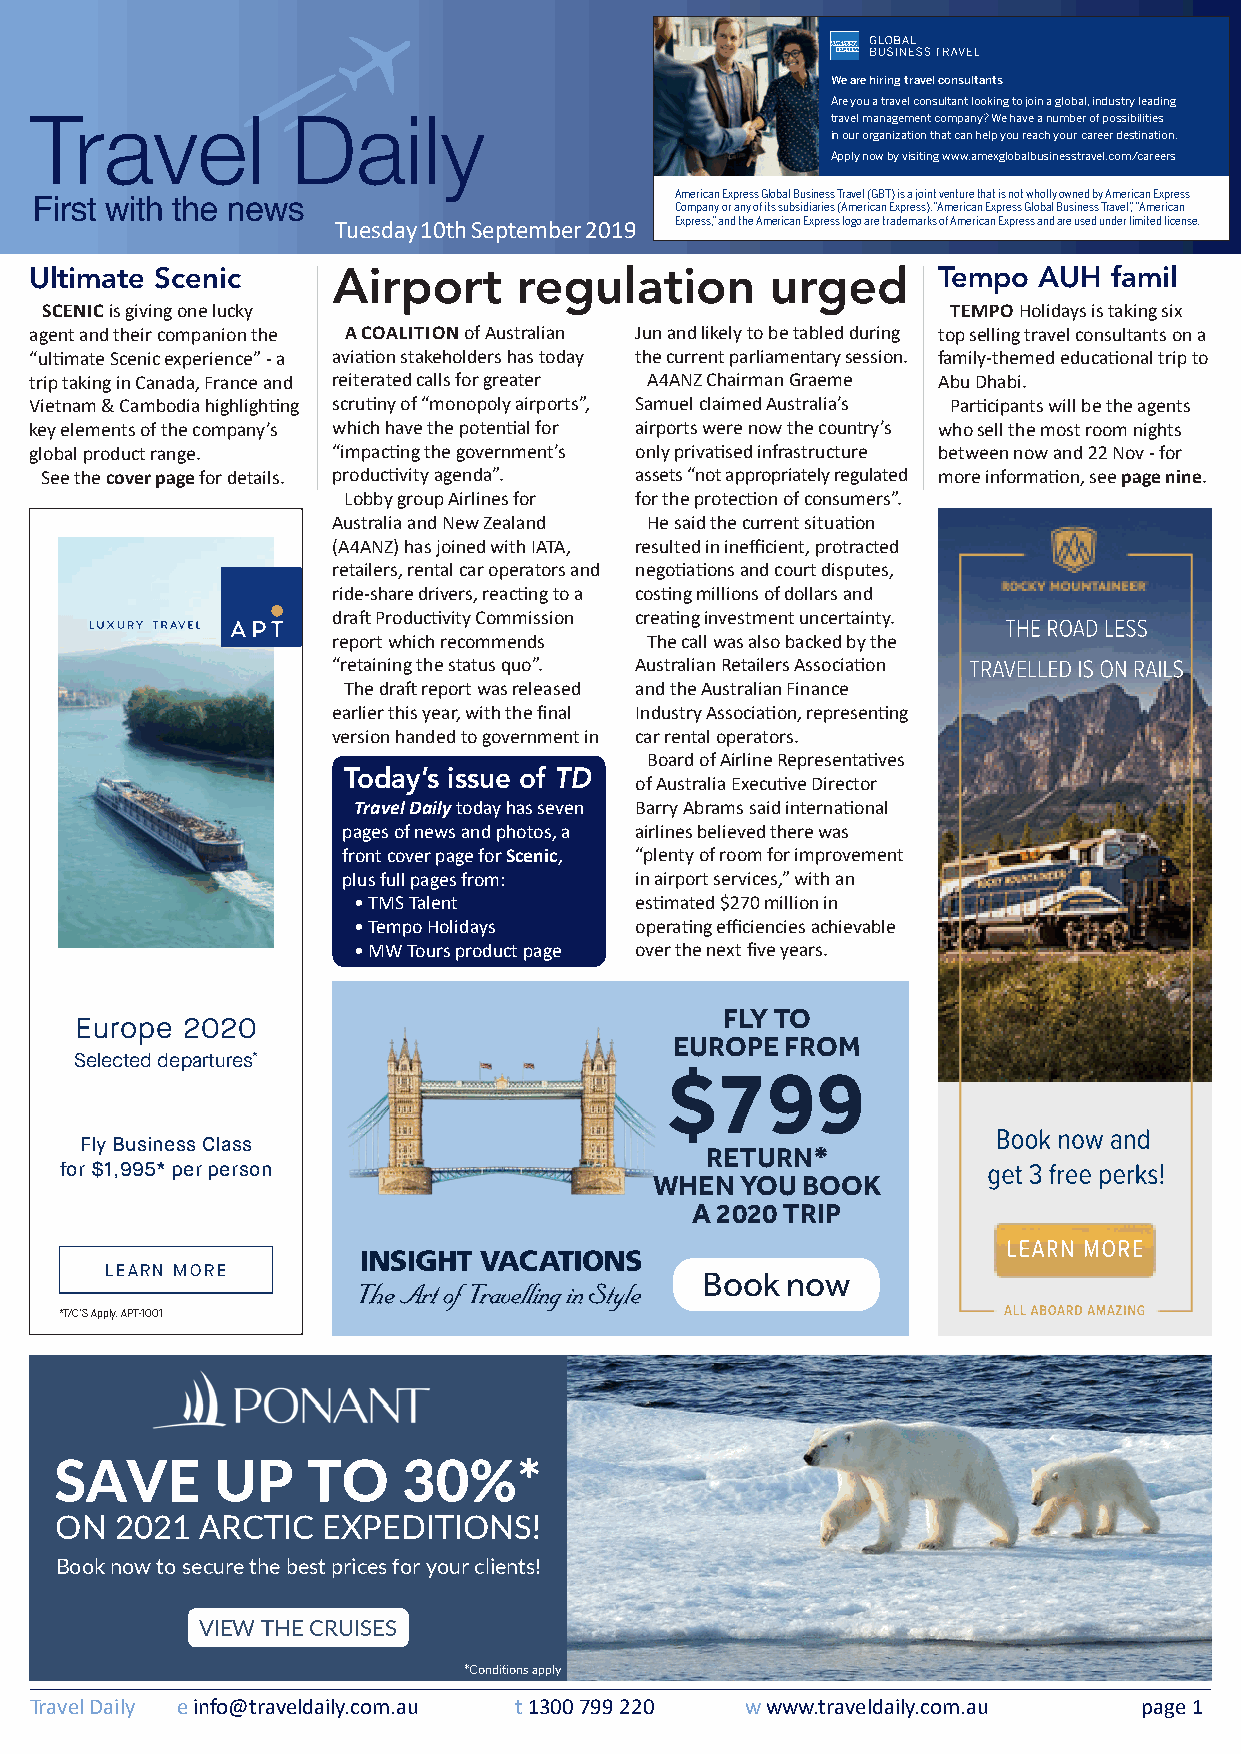
We are hiring travel consultants
 Are you a travel consultant looking to join a global, industry leading
 travel management company? We have a number of possibilities
 in our organization that can help you reach your career destination.
 Apply now by visiting www.amexglobalbusinesstravel.com/careers
 American Express Global Business Travel (GBT) is a joint venture that is not wholly owned by American Express
 Company or any of its subsidiaries (American Express). “American Express Global Business Travel,” “American
 Tuesday 10th September 2019 Express,” and the American Express logo are trademarks of American Express and are used under limited license.
 Ultimate Scenic     Airport     regulation       urged      Tempo  AUH  famil
 SCENIC is giving one lucky                                  TEMPO Holidays is taking six
 agent and their companion the A COALITION of Australian Jun and likely to be tabled during top selling travel consultants on a
 “ultimate Scenic experience” - a aviation stakeholders has today the current parliamentary session. family-themed educational trip to
 trip taking in Canada, France and reiterated calls for greater A4ANZ Chairman Graeme Abu Dhabi.
 Vietnam & Cambodia highlighting scrutiny of “monopoly airports”, Samuel claimed Australia’s Participants will be the agents
 key elements of the company’s which have the potential for airports were now the country’s who sell the most room nights
 global product range. “impacting the government’s only privatised infrastructure between now and 22 Nov - for
 See the cover page for details. productivity agenda”. assets “not appropriately regulated more information, see page nine.
 Lobby group Airlines for for the protection of consumers”.
 Australia and New Zealand He said the current situation
 (A4ANZ) has joined with IATA, resulted in inefficient, protracted
 retailers, rental car operators and negotiations and court disputes,
 ride-share drivers, reacting to a costing millions of dollars and
 draft Productivity Commission creating investment uncertainty.
 THE ROAD LESS
 report which recommends The call was also backed by the
 “retaining the status quo”. Australian Retailers Association TRAVELLED IS ON RAILS
 The draft report was released and the Australian Finance
 earlier this year, with the final Industry Association, representing
 version handed to government in car rental operators.
 Board of Airline Representatives
 Today’s issue of TD
 of Australia Executive Director
 Travel Daily today has seven Barry Abrams said international
 pages of news and photos, a airlines believed there was
 front cover page for Scenic, “plenty of room for improvement
 plus full pages from: in airport services,” with an
 • TMS Talent       estimated $270 million in
 • Tempo Holidays   operating efficiencies achievable
 • MW Tours product page over the next five years.
 FLY TO
 Europe 2020
 EUROPE FROM
 Selected departures*
 $799
 Book now and
 Fly Business Class
 RETURN*
 for $1,995* per person                                       get 3 free perks!
 WHEN  YOU BOOK
 A 2020 TRIP
 LEARN MORE
 LEARN MORE                             Book  now
 *T/C’S Apply. APT-1001                                        AALLLL AABBOOAARRDD AAMMAAZZIINNGG
 SAVE      UP    TO     30%*
 ON  2021 ARCTIC  EXPEDITIONS!
 Book now to secure the best prices for your clients!
 VIEW THE CRUISES
 *Conditions apply
 Travel Daily e info@traveldaily.com.au t 1300 799 220 w www.traveldaily.com.au page 1